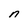
Character: n